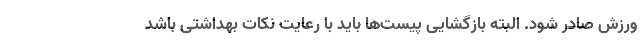
ورزش صادر شود. البته بازگشایی پیست‌ها باید با رعایت نکات بهداشتی باشد